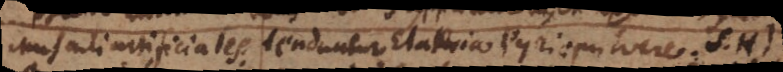
Musculi artificiales tenduntur Elaterio pyrio pulvere S.H)